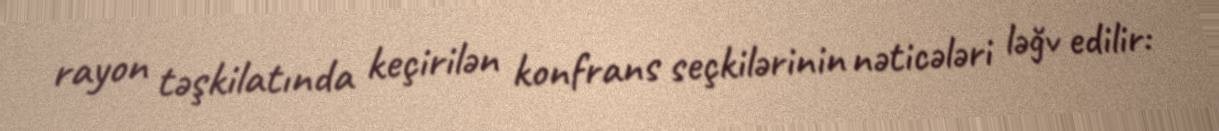
rayon təşkilatında keçirilən konfrans seçkilərinin nəticələri ləğv edilir: